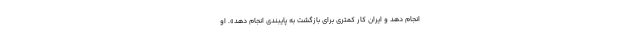
انجام دهد و ایران کار کمتری برای بازگشت به پایبندی انجام دهد». او